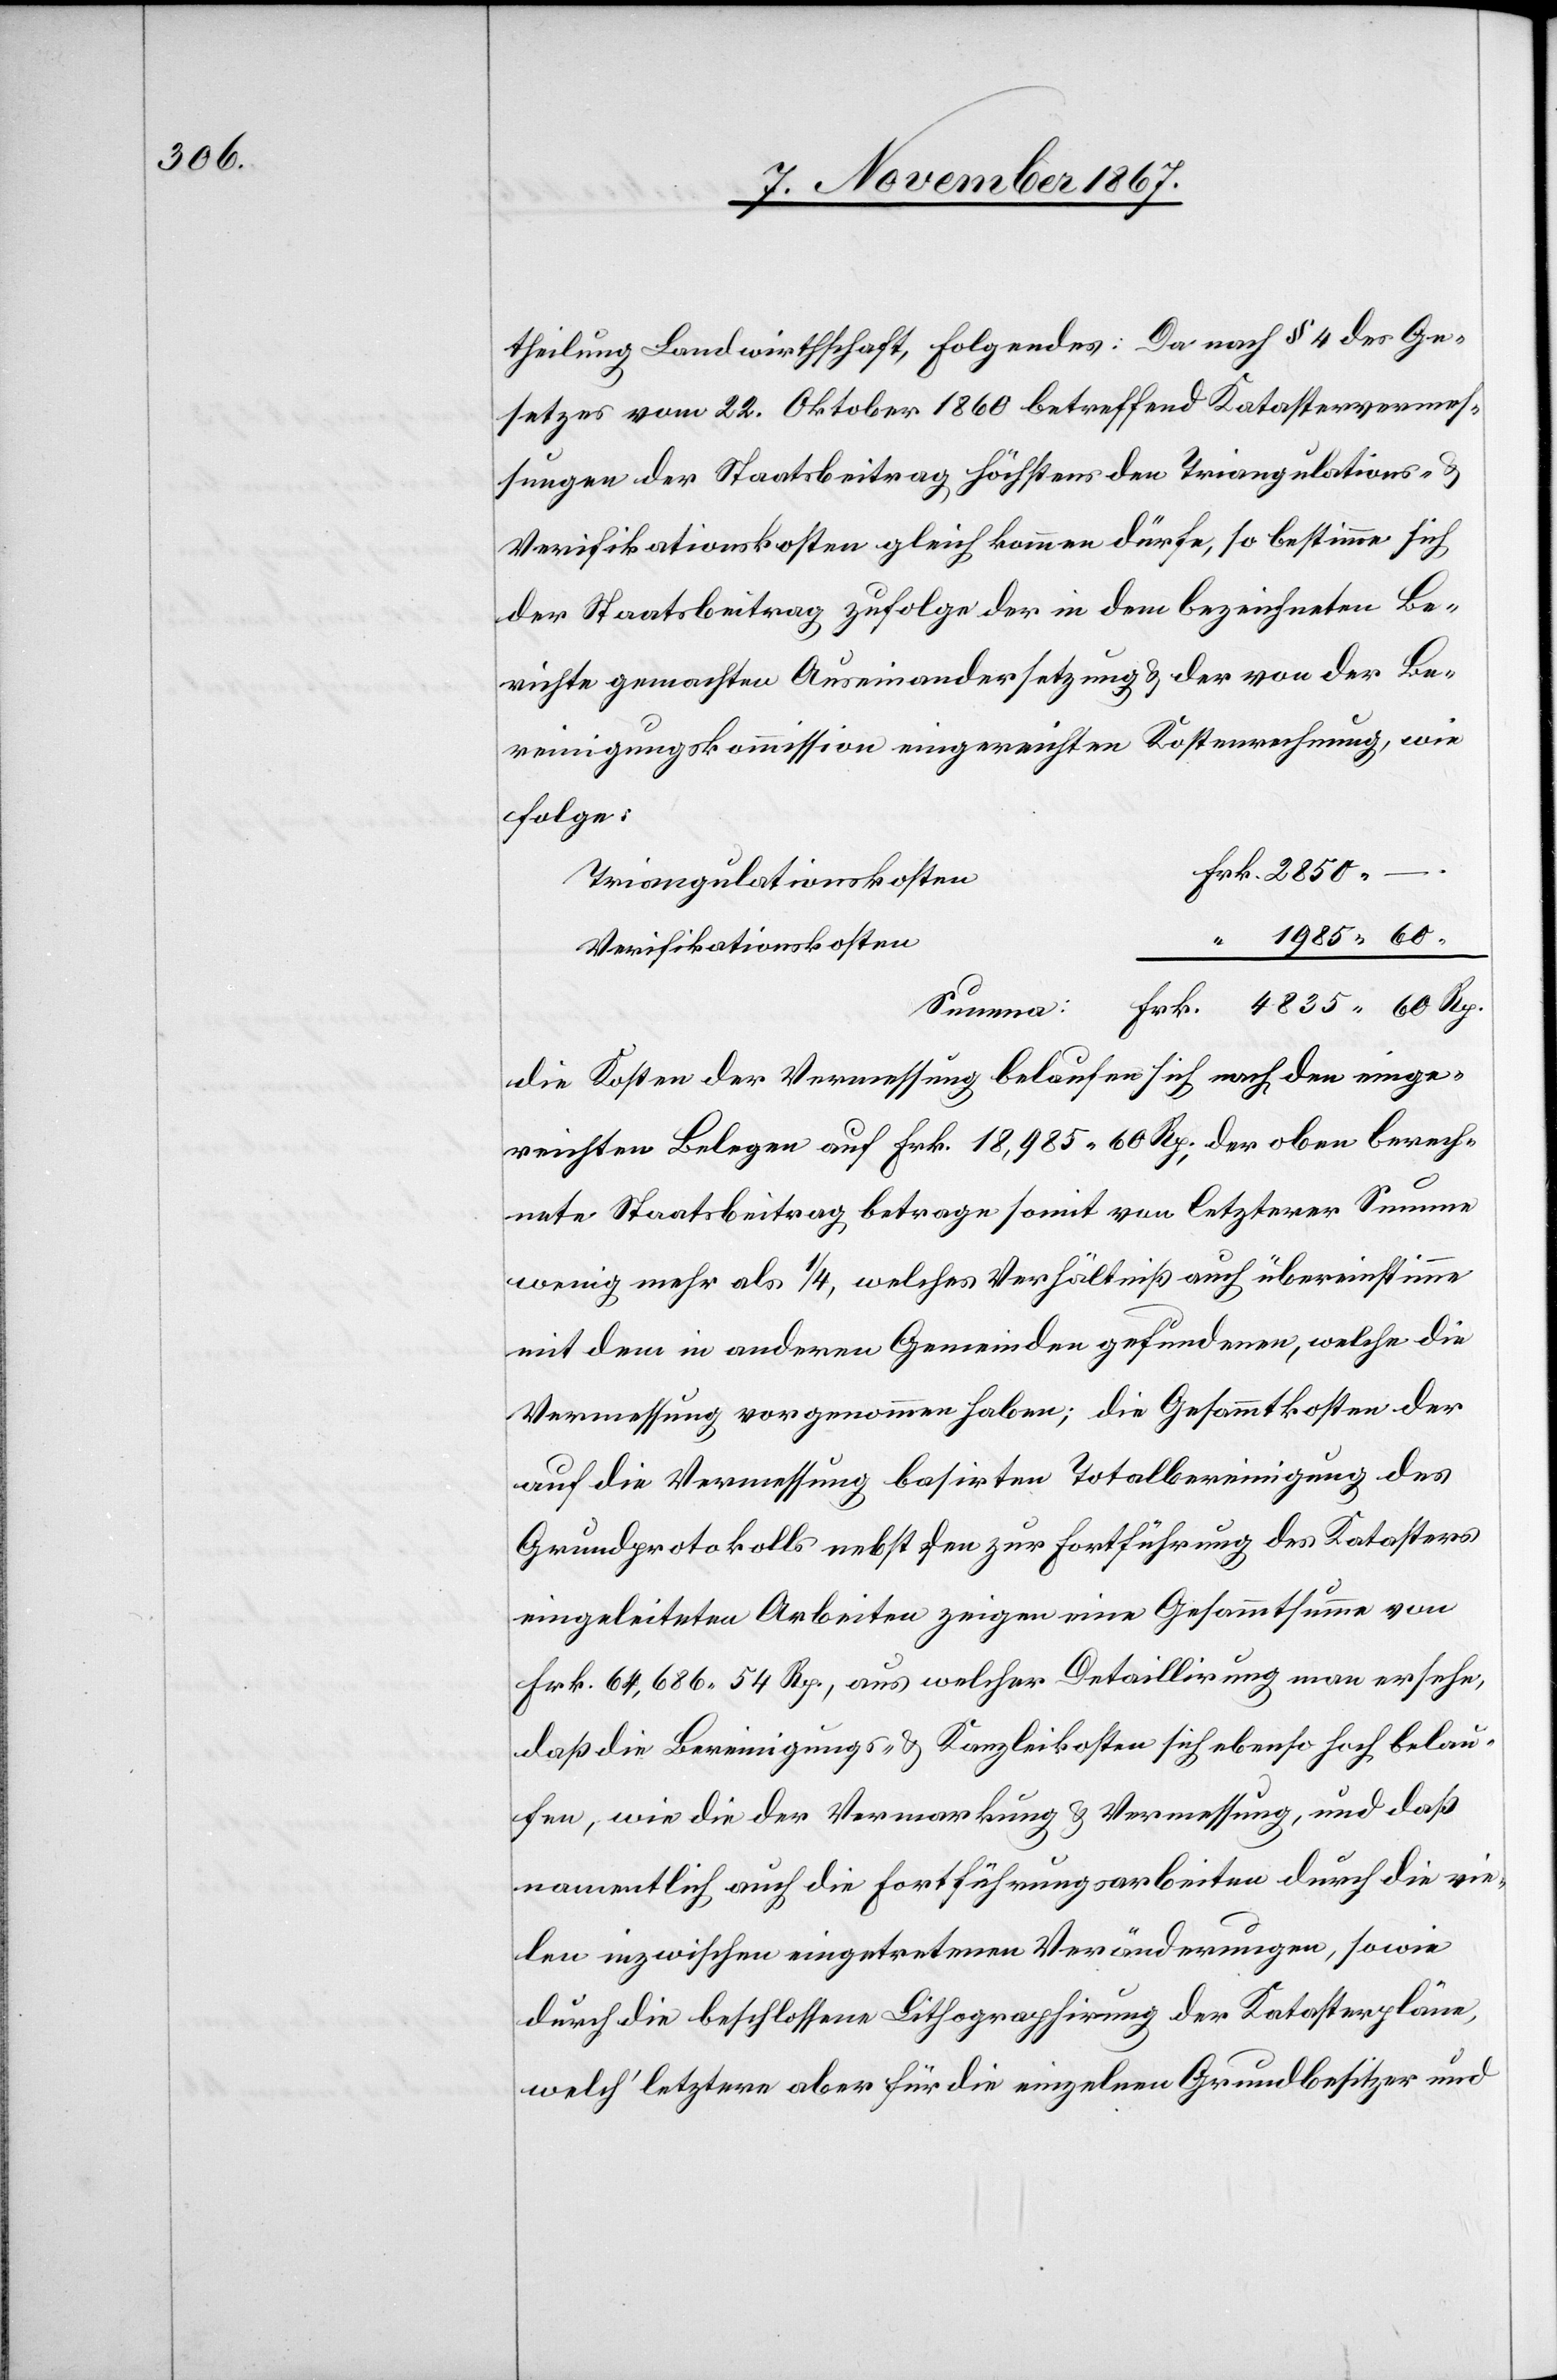
theilung Landwirthschaft, Folgendes: Da nach § 4 des Ge¬
setzes vom 22. Oktober 1860 betreffend Katastervermes¬
sungen der Staatsbeitrag höchstens den Triangulations- u.
Verifikationskosten gleich kommen dürfe, so bestimme sich
der Staatsbeitrag zufolge der in dem bezeichneten Be¬
richte gemachten Auseinandersetzung u. der von der Be¬
reinigungskommission eingereichten Kostenrechnung, wie
folge:
.
Triangulationskosten
.
Verifikationskosten
die Kosten der Vermessung belaufen sich nach den einge¬
reichten Belegen auf Frk. 18 985.60 Rp.; der oben berech¬
nete Staatsbeitrag betrage somit von letzterer Summe
wenig mehr als 1/4, welches Verhältniß auch übereinstimme
mit dem in anderen Gemeinden gefundenen, welche die
Vermessung vorgenommen haben; die Gesammtkosten der
auf die Vermessung basirten Totalbereinigung des
Grundprotokolls nebst den zur Fortführung des Katasters
eingeleiteten Arbeiten zeigen eine Gesammtsumme von
Frk. 64 686.54 Rp., aus welcher Detaillirung man ersehe,
daß die Bereinigungs- u. Kanzleikosten sich ebenso hoch belau¬
fen, wie die der Vermarkung u. Vermessung, und daß
namentlich auch die Fortführungsarbeiten durch die vie¬
len inzwischen eingetretenen Veränderungen, sowie
durch die beschlossene Lithographirung der Katasterpläne,
welch‘ letztere aber für die einzelnen Grundbesitzer und